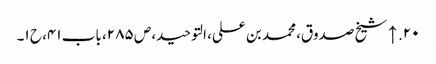
۲۰. ↑ شیخ صدوق، محمد بن علی، التوحید، ص ۲۸۵، باب ۴۱، ح ۱۔